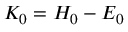
K _ { 0 } = H _ { 0 } - E _ { 0 }